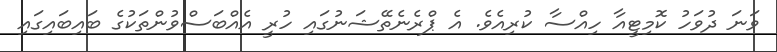
ވަނަ ދުވަހު ކޮމިޓީއާ ހިއްސާ ކުރިއެވެ. އެ ޕްރެެނެތޭޝަނުގައި ހުރީ އެއްބަސްވުންތަކުގެ ބައިބައިގައި